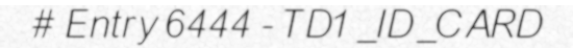
# Entry 6444 - TD1_ID_CARD